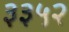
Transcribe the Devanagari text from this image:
३३५२